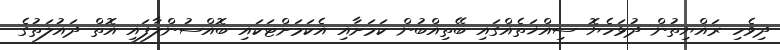
ދިވެހި ރައްޔިތުން ދުޅަހެޔޮ ސިއްޚަތެއްގައި ބޭތިއްބުން ކަމަށާއި އެކަމަށްޓަކައި ބޮއްސުންލާފައި އޮތް ދައުލަތުގެ